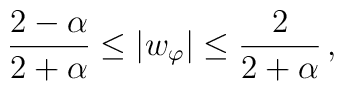
\frac{2 - \alpha}{2 + \alpha} \leq |w_{\varphi}| \leq \frac{2}{2 +\alpha} \,,